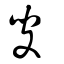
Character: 叜